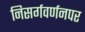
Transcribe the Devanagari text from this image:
निसर्गवर्णनपर